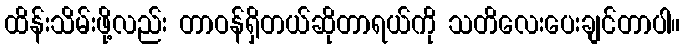
ထိန်းသိမ်းဖို့လည်း တာဝန်ရှိတယ်ဆိုတာရယ်ကို သတိလေးပေးချင်တာပါ။